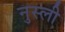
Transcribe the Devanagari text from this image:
नुस्ली